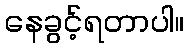
နေခွင့်ရတာပါ။